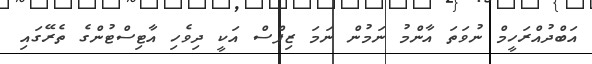
އަބްދުއްރަހީމް ނުވަތަ އާންމު ނަމުން ނަމަ ޒިޕްސް އަކީ ދިވެހި އާޓިސްޓުންގެ ތެރޭގައި